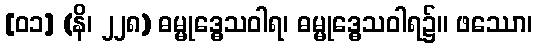
[၀၁] (နိ၊ ၂၂၈) ဓမ္မုဒ္ဓေသဝါရ၊ ဓမ္မုဒ္ဓေသဝါရ၌။ ဖဿော၊